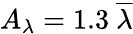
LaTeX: A_{\lambda}=1.3\ \overline{{\lambda}}